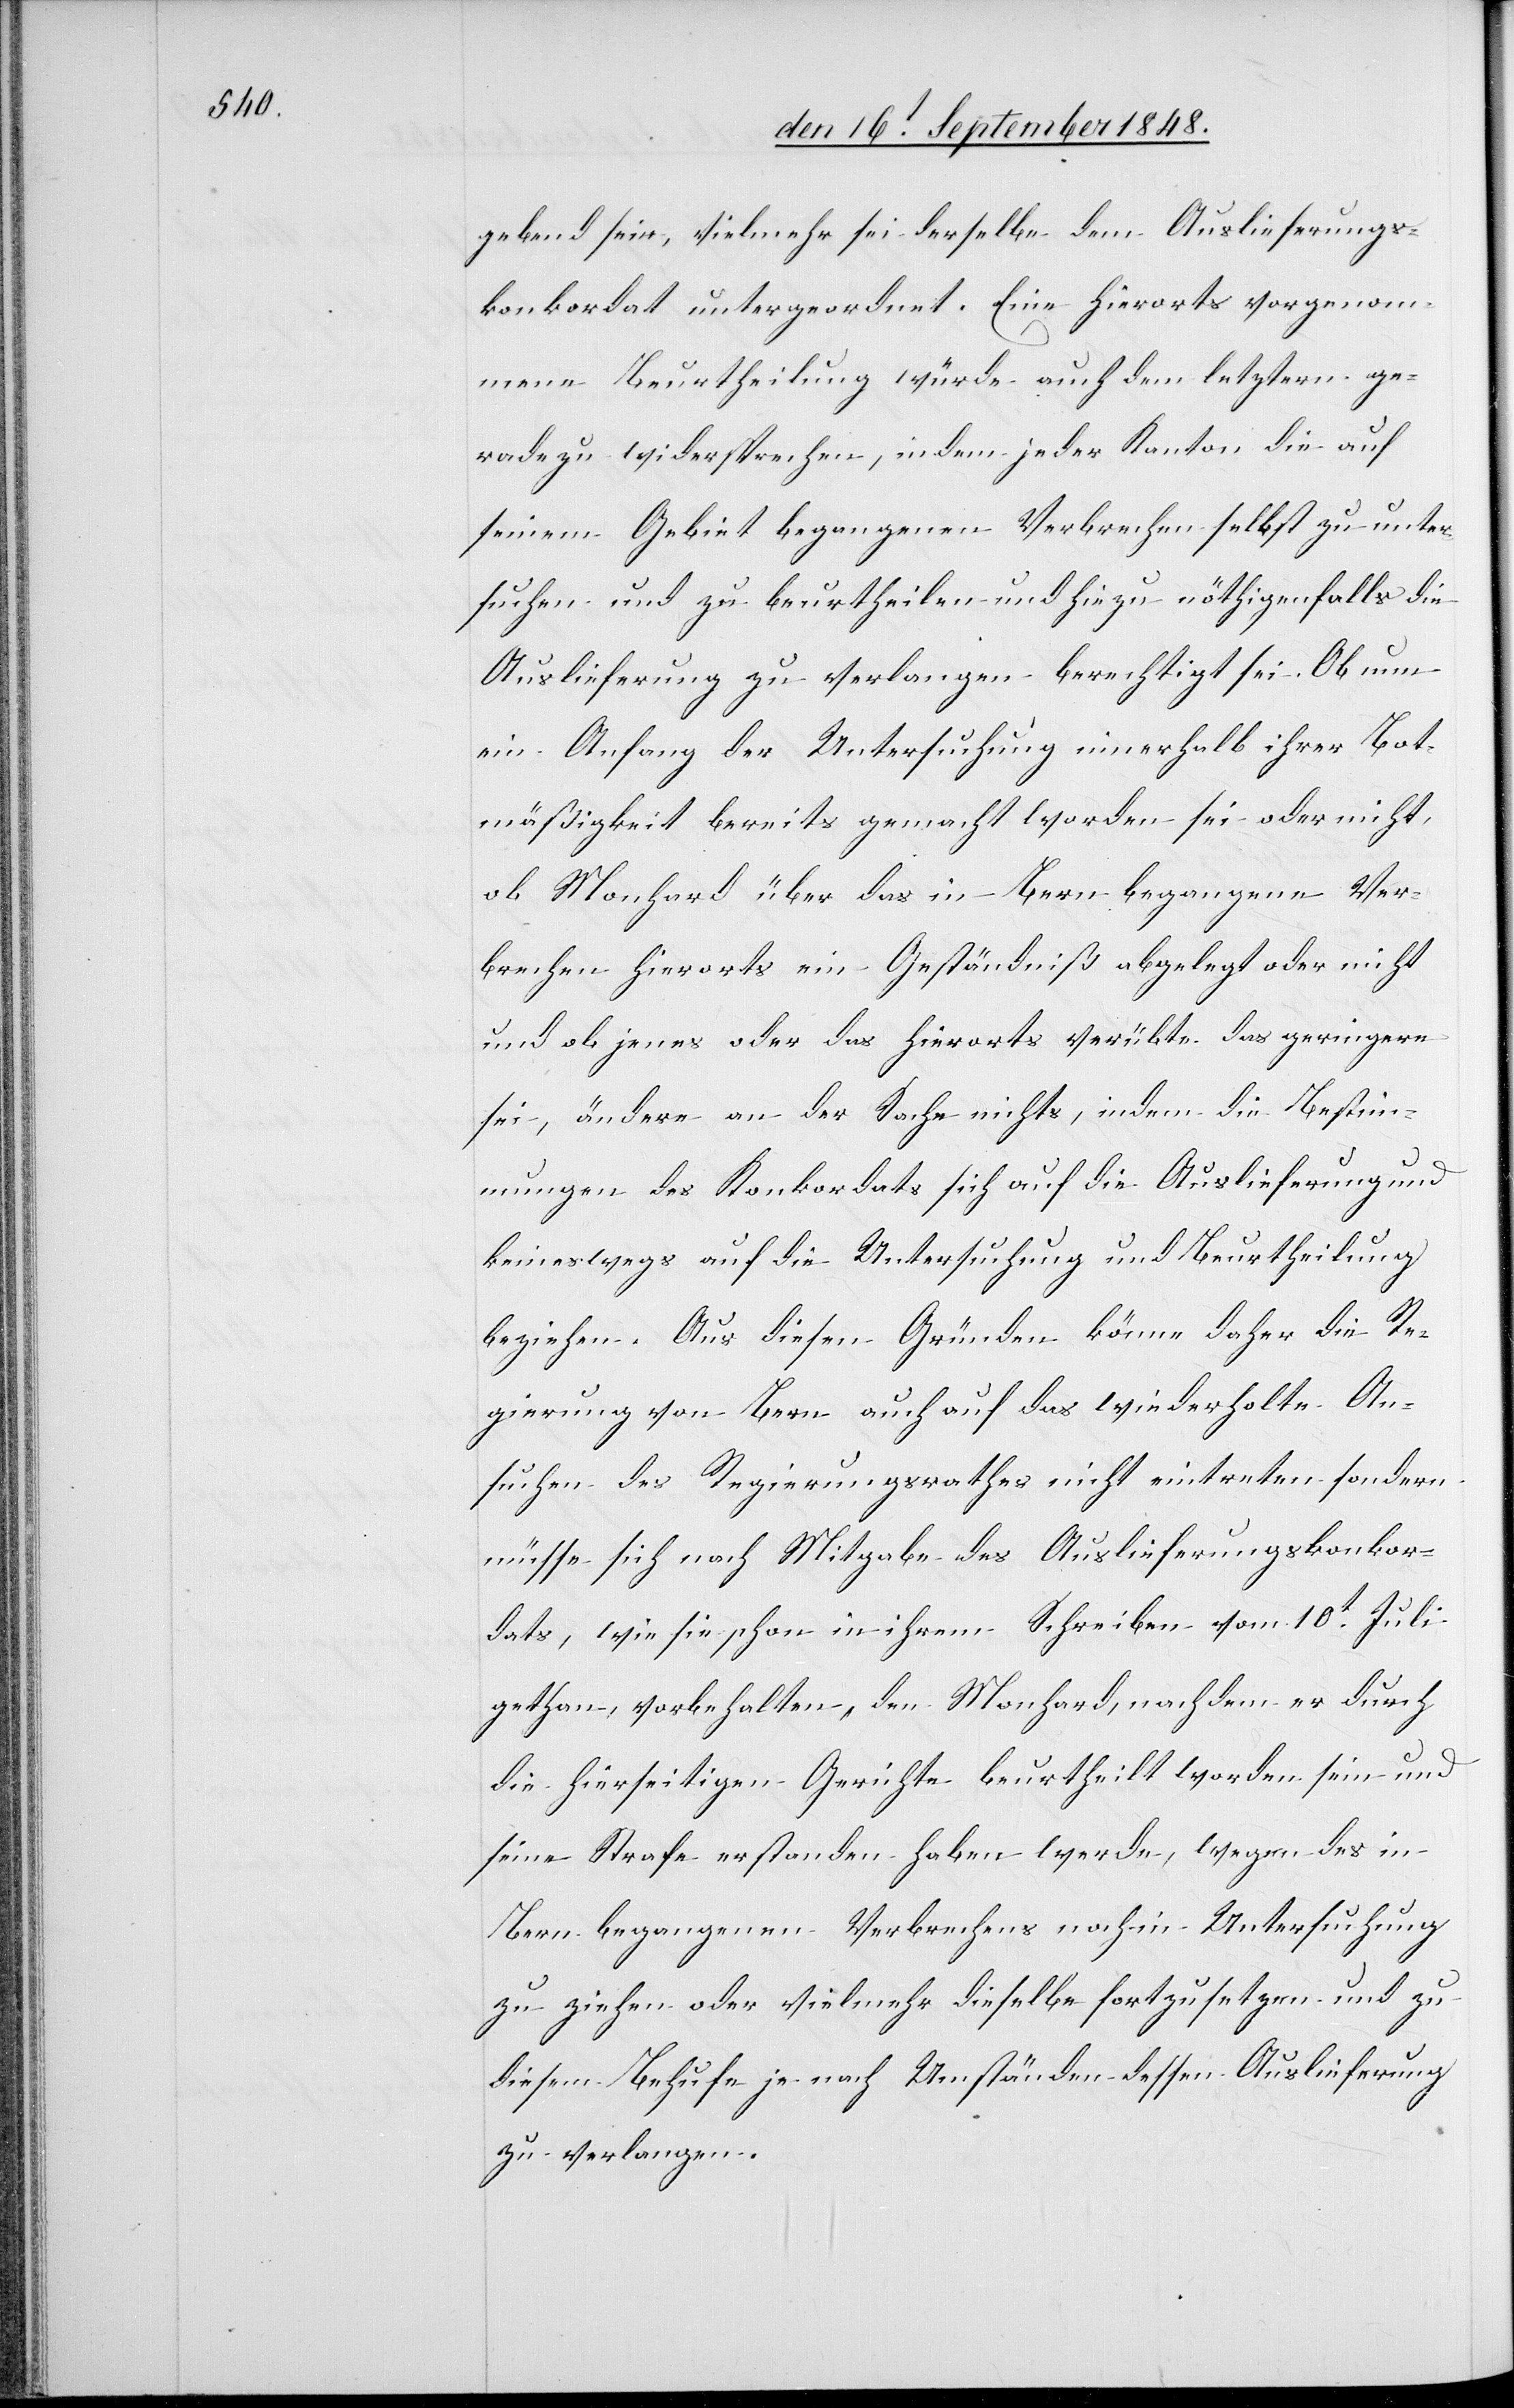
gebend sein, vielmehr sei derselbe dem Auslieferungs¬
konkordat untergeordnet. Eine hierorts vorgenom¬
mene Beurtheilung würde auch dem letztern ge¬
radezu widersprechen, indem jeder Kanton die auf
seinem Gebiet begangenen Verbrechen selbst zu unter¬
suchen und zu beurtheilen und hiezu nöthigenfalls die
Auslieferung zu verlangen berechtigt sei. Ob nun
ein Anfang der Untersuchung innerhalb ihrer Bot¬
mäßigkeit bereits gemacht worden sei oder nicht,
ob Monhard über das in Bern begangene Ver¬
brechen hierorts ein Geständniß abgelegt oder nicht
und ob jenes oder das hierorts verübte das geringere
sei, ändere an der Sache nichts, indem die Bestim¬
mungen des Konkordats sich auf die Auslieferung und
keineswegs auf die Untersuchung und Beurheilung
beziehen. Aus diesen Gründen könne daher die Re¬
gierung von Bern auch auf das wiederholte An¬
suchen des Regierungsrathes nicht eintreten sondern
müsse sich nach Mitgabe des Auslieferungskonkor¬
dats, wie sie schon in ihrem Schreiben vom 10t Juli
gethan, vorbehalten, den Monhard, nachdem er durch
die hierseitigen Gerichte beurtheilt worden sein und
seine Strafe erstanden haben werde, wegen des in
Bern begangenen Verbrechens noch in Untersuchung
zu ziehen oder vielmehr dieselbe fortzusetzen und zu
diesem Behufe je nach Umständen dessen Auslieferung
zu verlangen.